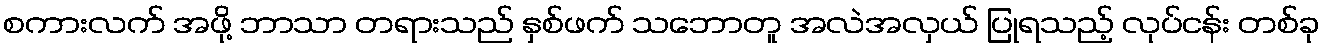
စကားလက် အဖို့ ဘာသာ တရားသည် နှစ်ဖက် သဘောတူ အလဲအလှယ် ပြုရသည့် လုပ်ငန်း တစ်ခု